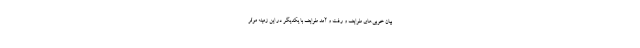
بیان خوبی‌های طوایف و رفت و آمد طوایف با یکدیگر در این زمینه موثر